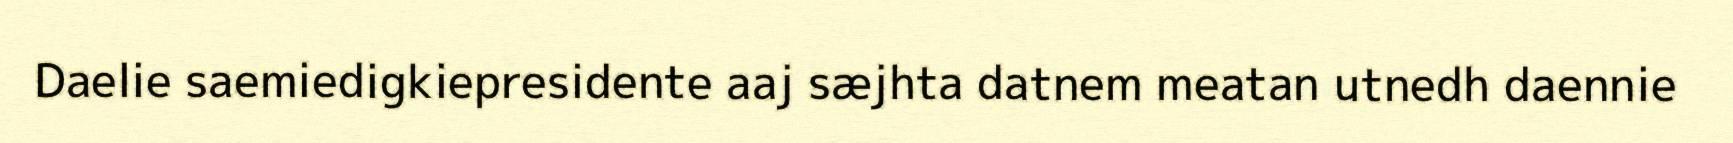
Daelie saemiedigkiepresidente aaj sæjhta datnem meatan utnedh daennie